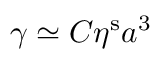
\gamma \simeq C \eta ^ { \mathrm { s } } a ^ { 3 }